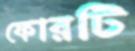
ফোরটি